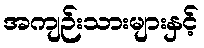
အကျဉ်းသားများနှင့်